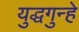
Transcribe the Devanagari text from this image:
युद्धगुन्हे